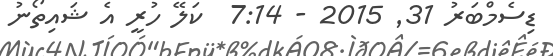
ޑިސެމްބަރު 31